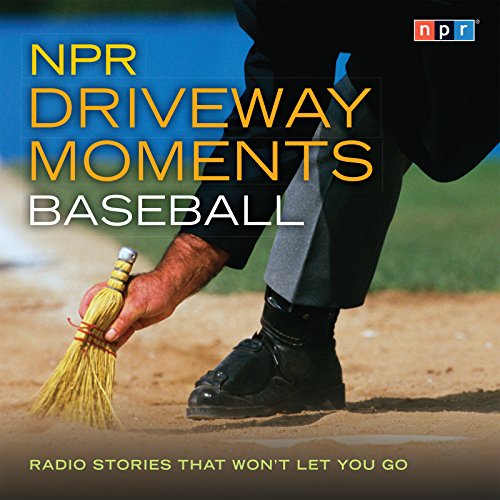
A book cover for NPR Driveway Moments Baseball: Radio Stories That Won't Let You Go; NPR; Humor & Entertainment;